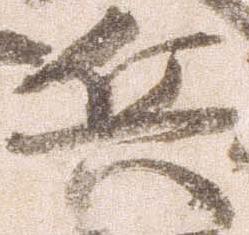
兵